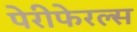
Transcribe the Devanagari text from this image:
पेरीफेरल्स